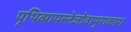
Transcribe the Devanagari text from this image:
पृथिव्यापस्तेजोवायुराकाश